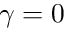
\gamma = 0